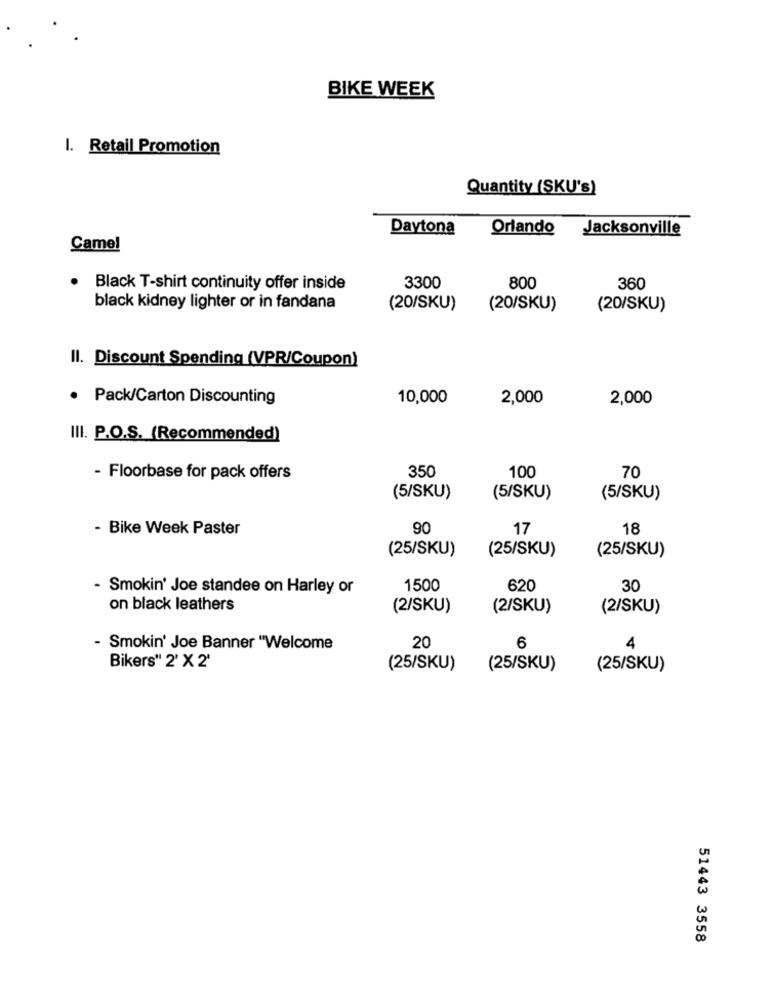
BIKE WEEK
I. Retail Promotion
Quantity (SKU's)
Daytona
Orlando Jacksonville
Camel
· Black T-shirt continuity offer inside
3300
800
360
black kidney lighter or in fandana
(20/SKU)
(20/SKU)
(20/SKU)
Il. Discount Spending (VPR/Coupon)
Pack/Carton Discounting
10,000
2,000
2,000
III. P.O.S. (Recommended)
350
- Floorbase for pack offers
100
70
(5/SKU)
(5/SKU)
(5/SKU)
- Bike Week Paster
90
17
18
(25/SKU)
(25/SKU)
(25/SKU)
- Smokin' Joe standee on Harley or
1500
620
30
on black leathers
(2/SKU)
(2/SKU)
(2/SKU)
- Smokin' Joe Banner "Welcome
20
6
4
Bikers" 2' X 2'
(25/SKU)
(25/SKU)
(25/SKU)
51443 3558